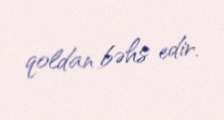
qoldan bəhs edir.